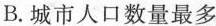
B.城市人口数量最多